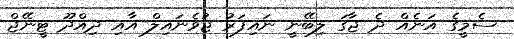
ސެމީގެ އަނެއް ދެ ޖާގަ ލިބޭނީ ނައިފަރު ޖުވެނައިލް އާއި ދިއްދޫ ޓީނޭޖް